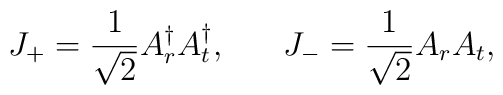
J_+=\frac{1}{\sqrt 2}A^{\dag}_r A^{\dag}_t,\hspace{7mm}J_-=\frac{1}{\sqrt 2}A_r A_t,